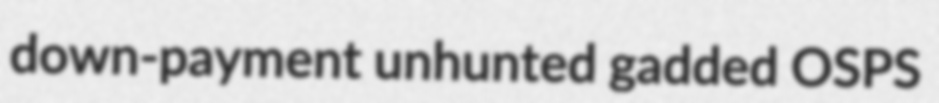
down-payment unhunted gadded OSPS